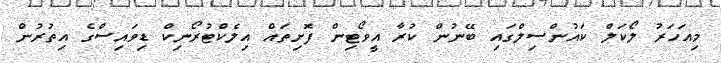
މިއަހަރު ލޯކަލް ކައުންސިލްގައި ބޭނުން ކުރާ އީވޯޓިން ފޮށިތައް އިލެކްޓުރޯނިކް ޑިވައިސްގެ އިތުރުން